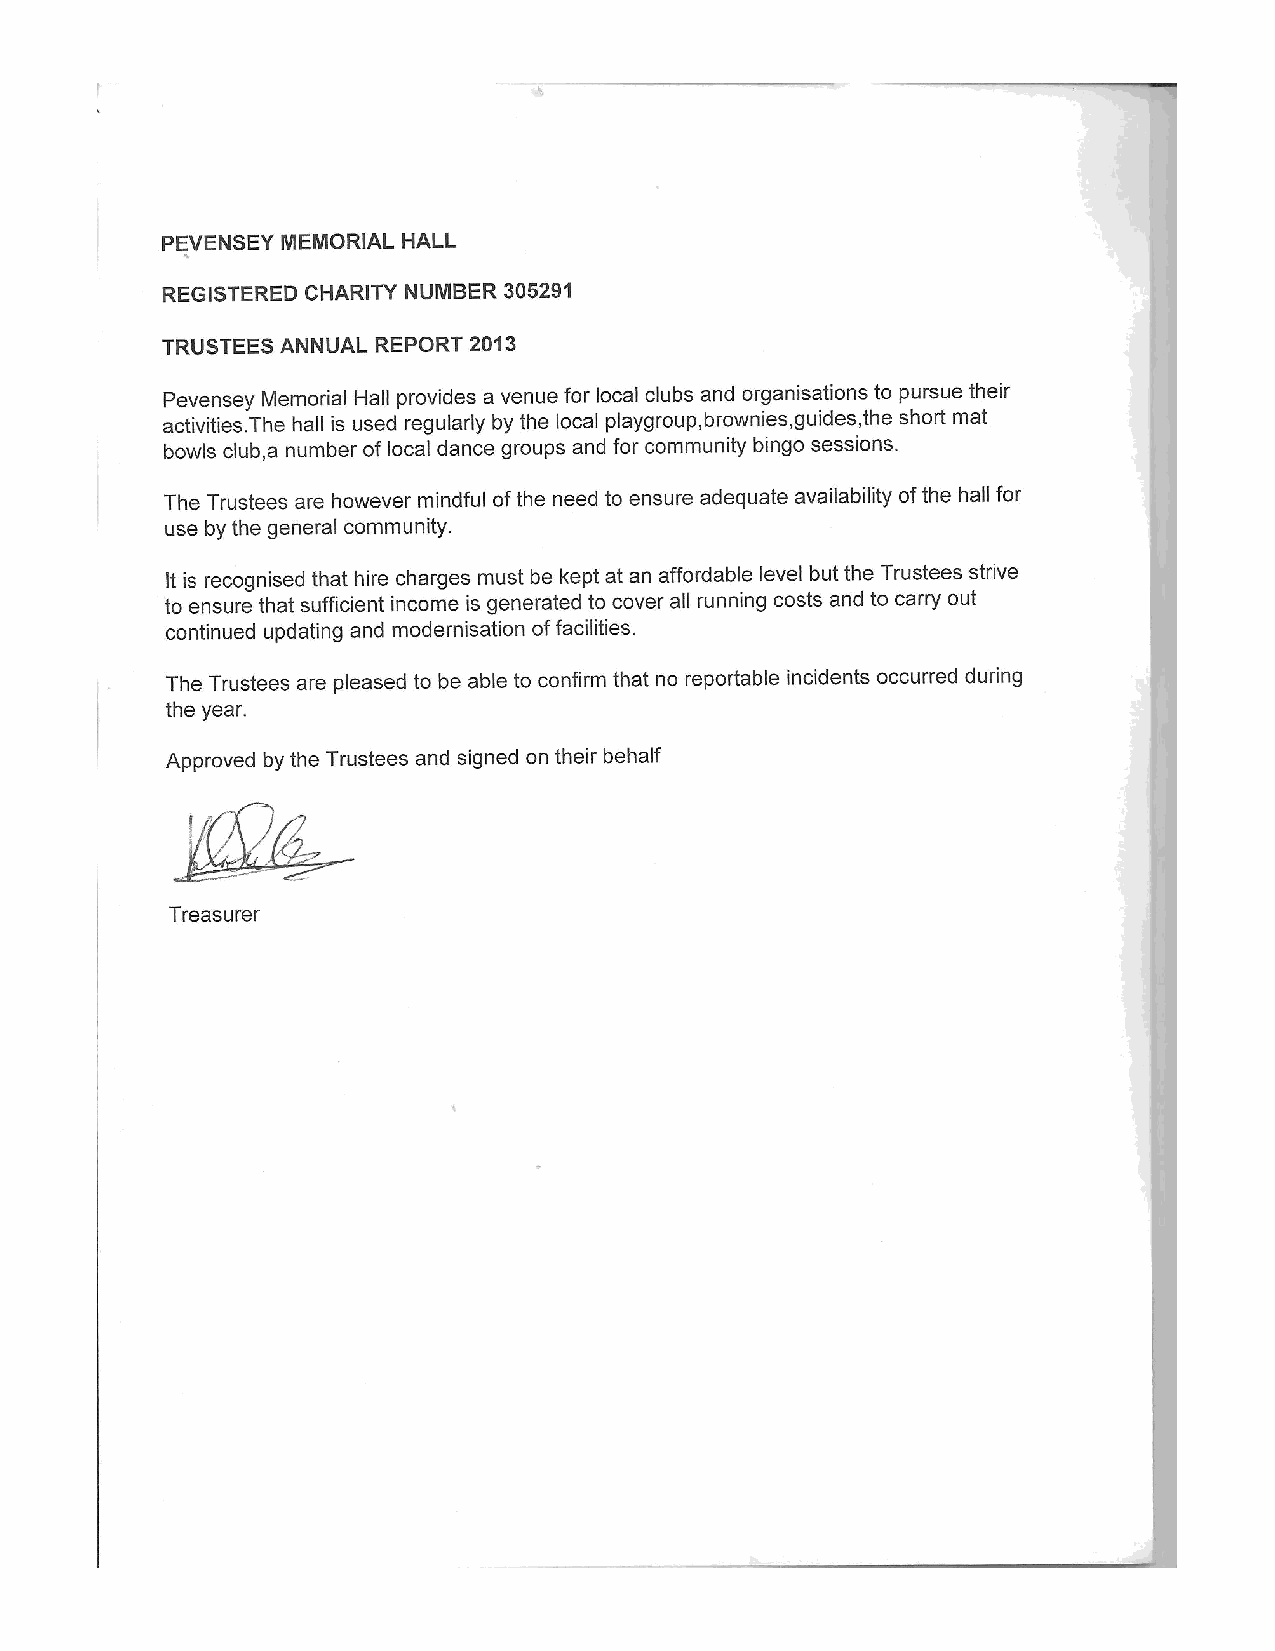
PEVENSEY MEMORIAL HALL
 REGISTERED CHARITY NUMBER 305291
 TRUSTEES ANNUAL REPORT 2013
 Pevensey Memorial Hall provides a venue for local clubs and organisations to pursue their
 activities. The hall is used regularly by the local playgroup, brownies, guides, the short mat
 bowls club,a number of local dance groups and for community bingo sessions.
 The Trustees are however mindful ofthe need to ensure adequate availability ofthe hall for
 use by the general community.
 lt is recognised that hire charges must be kept at an affordable level but the Trustees strive
 to ensure that sufficient income is generated to cover all running costs and to carry out
 continued updating and rnodernisation offacilities.
 The Trustees are pleased to be able to confirm that no reportable incidents occurred during
 the year.
 Approved by the Trustees and signed on their behalf
 Treasurer